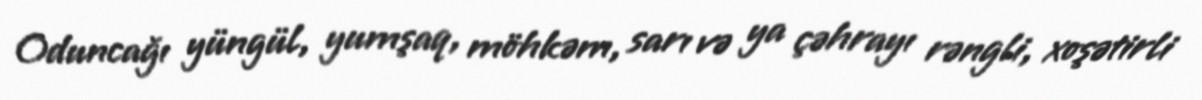
Oduncağı yüngül, yumşaq, möhkəm, sarı və ya çəhrayı rəngli, xoşətirli